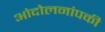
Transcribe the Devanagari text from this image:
आंदोलनांपकी